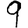
Digit: 9